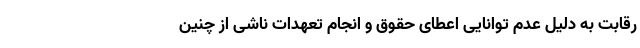
رقابت به دلیل عدم توانایی اعطای حقوق و انجام تعهدات ناشی از چنین